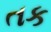
તક